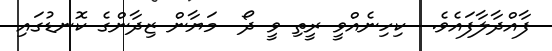
ފާއްދާލާފައެވެ.  ކިހިނެއްވީ ރީތި ވީ ދޯ  މަޔާން ޒިދާންގެ ކޮނޑުގައި